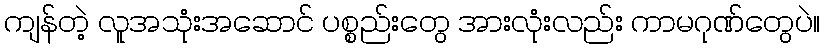
ကျန်တဲ့ လူအသုံးအဆောင် ပစ္စည်းတွေ အားလုံးလည်း ကာမဂုဏ်တွေပဲ။